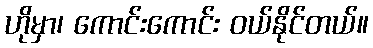
ဟိုမှာ၊ ကောင်းကောင်း ဝယ်နိုင်တယ်။